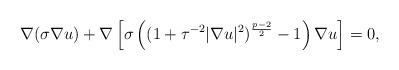
LaTeX: \begin{align*}\nabla(\sigma\nabla u)+\nabla\left[ \sigma\left((1+\tau^{-2}|\nabla u|^2)^{\frac{p-2}{2}} -1\right)\nabla u \right] =0,\end{align*}